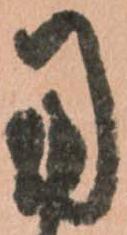
用